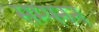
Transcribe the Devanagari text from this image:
सम्पनन